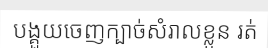
បង្គួយចេញក្បាច់សំរាលខ្លួន រត់